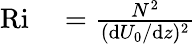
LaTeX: \begin{array}{rl}{\mathrm{Ri}}&{{}=\frac{N^{2}}{(\mathrm{d}U_{0}/\mathrm{d}z)^{2}}}\end{array}